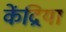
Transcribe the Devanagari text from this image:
केंद्रिया